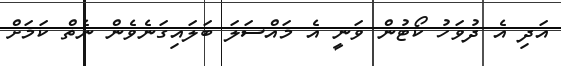
އަދި އެ ދުވަހު ކޯޓުން ވަނީ އެ މައްސަލަ ބަލައިގަނެވެން ނެތް ކަމަށް